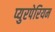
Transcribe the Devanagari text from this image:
प्युरपेरियम